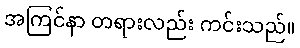
အကြင်နာ တရားလည်း ကင်းသည်။